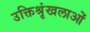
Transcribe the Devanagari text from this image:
उक्तिश्रृंखलाओं